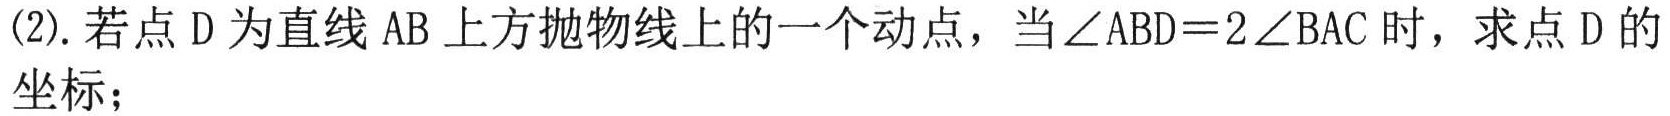
(2). 若点 D 为直线 AB 上方抛物线上的一个动点，当\(\angle ABD = 2\angle BAC\)时，求点 D 的坐标；